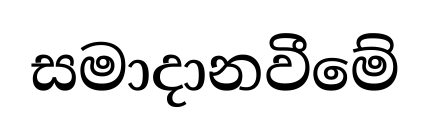
සමාදානවීමේ